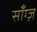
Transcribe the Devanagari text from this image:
साँग्ज़